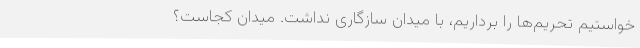
خواستیم تحریم‌ها را برداریم، با میدان سازگاری نداشت. میدان کجاست؟